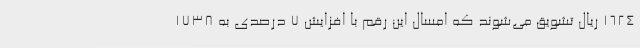
1624 ریال تشویق می‌شوند که امسال این رقم با افزایش 7 درصدی به 1738